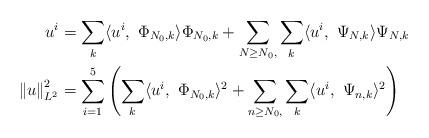
LaTeX: \begin{align*}u^{i} & =\sum_{k}\langle u^{i},\ \Phi_{N_{0},k}\rangle\Phi_{N_{0},k}+\sum_{N\geq N_{0},}\sum_{k}\langle u^{i},\ \Psi_{N,k}\rangle\Psi_{N,k}\\\left\Vert u\right\Vert _{L^{2}}^{2} & =\sum_{i=1}^{5}\left( \sum_{k}\langle u^{i},\ \Phi_{N_{0},k}\rangle^{2}+\sum_{n\geq N_{0},}\sum_{k}\langle u^{i},\ \Psi_{n,k}\rangle^{2}\right)\end{align*}